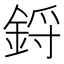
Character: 鋝